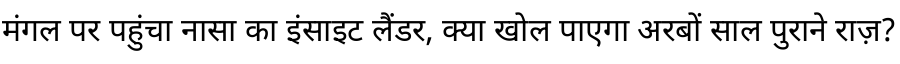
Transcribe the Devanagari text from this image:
मंगल पर पहुंचा नासा का इंसाइट लैंडर, क्या खोल पाएगा अरबों साल पुराने राज़?